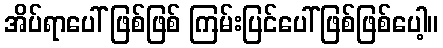
အိပ်ရာပေါ် ဖြစ်ဖြစ် ကြမ်းပြင်ပေါ်ဖြစ်ဖြစ်ပေါ့။